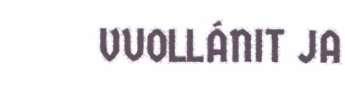
VUOLLÁNIT JA